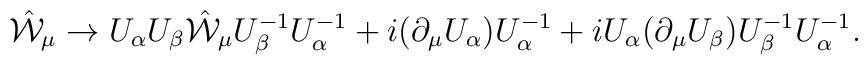
\hat{\cal W}_{\mu} \to U_{\alpha} U_{\beta} \hat{\cal W}_{\mu} U_{\beta}^{-1} U_{\alpha}^{-1} + i (\partial_{\mu} U_{\alpha} ) U_{\alpha}^{-1} + i U_{\alpha}(\partial_{\mu} U_{\beta}) U_{\beta}^{-1}U_{\alpha}^{-1}.